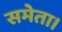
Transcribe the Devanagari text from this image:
समेता।